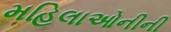
મહિલાઓનીની